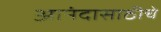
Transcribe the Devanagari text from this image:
आनंदासाठीचे